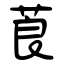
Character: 莨